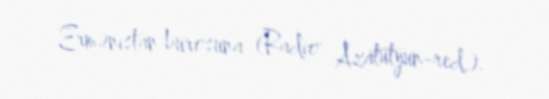
Ermənistan bürosuna (Radio Azatutyun-red.).